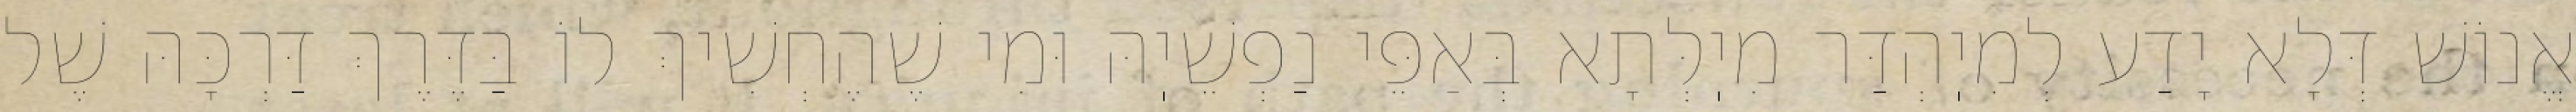
אֱנוֹשׁ דְּלָא יָדַע לְמִיֽהְדַּר מִיֽלְּתָא בְּאַפֵּי נַפְשֵׁיֽהּ וּמִי שֶׁהֶחְשִׁיךְ לוֹ בַּדֶּרֶךְ דַּרְכָּהּ שֶׁל